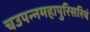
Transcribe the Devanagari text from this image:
चउपन्नमहापुरिसरियं